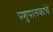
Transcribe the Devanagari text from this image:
पशुपालकांचे